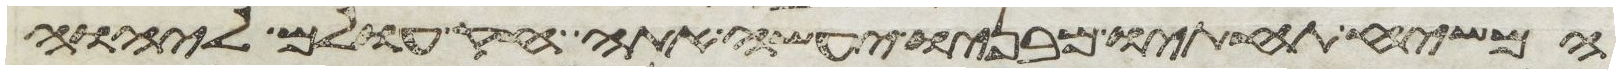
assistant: המשיח תחתיו מבניו יעשה אתה חק עולם ליהוה